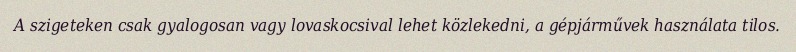
A szigeteken csak gyalogosan vagy lovaskocsival lehet közlekedni, a gépjárművek használata tilos.